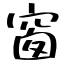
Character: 窗